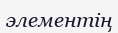
элементің